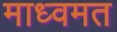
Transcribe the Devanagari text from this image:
माध्वमत